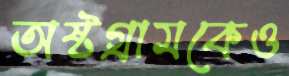
অষ্টগ্রামকেও